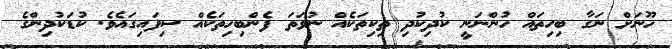
ހޫނަށް ނަގާ ބިހިތައް ހުންނަނީ ކުދިކުދި ތިކިތަކެއް ނުވަތަ ފެންބިހިތަކެއް ސިފައިގައެވެ. ކުޑަކުދިންގެ